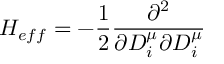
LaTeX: H _ { e f f } = - \frac { 1 } { 2 } \frac { \partial ^ { 2 } } { \partial D _ { i } ^ { \mu } \partial D _ { i } ^ { \mu } }